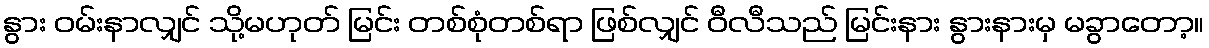
နွား ဝမ်းနာလျှင် သို့မဟုတ် မြင်း တစ်စုံတစ်ရာ ဖြစ်လျှင် ဝီလီသည် မြင်းနား နွားနားမှ မခွာတော့။